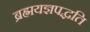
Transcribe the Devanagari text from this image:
ब्रह्मयज्ञपद्धति